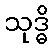
သုဒ္ဓိ